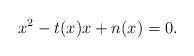
LaTeX: \begin{align*}x^2 - t(x)x + n(x) = 0.\end{align*}